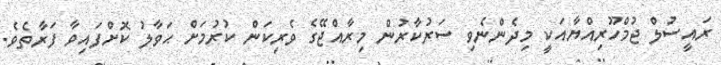
ރައީސުލް ޖުމްހޫރިއްޔާއަކީ މިދެންނެވި ސަރުކާރުން މިރާއްޖޭގެ ވެރިކަން ކުރުމަށް ޙަވާލު ކޮށްފައިވާ ފަރާތެވެ.